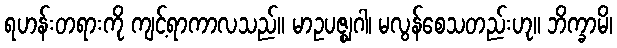
ရဟန်းတရားကို ကျင့်ရာကာလသည်။ မာဥပဇ္ဈဂါ၊ မလွန်စေသတည်းဟု။ ဘိက္ခာမိ၊